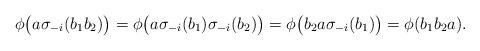
LaTeX: \begin{align*}\phi\big(a\sigma_{-i}(b_1b_2)\big)=\phi\big(a\sigma_{-i}(b_1)\sigma_{-i}(b_2)\big)=\phi\big(b_2a\sigma_{-i}(b_1)\big)=\phi(b_1b_2a).\end{align*}